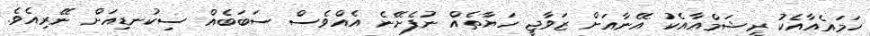
ހަމައެއާއެކު ރީޝަމްއާއެކު އޭނާއަށް ޒަވާޖީ ހަޔާތެއް ނުފެށޭނެ އެއްވެސް ސަބަބެއް ސިކުނޑިއަށް ނޭރިއެވެ.